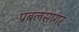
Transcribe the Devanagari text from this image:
प्रबलसागर